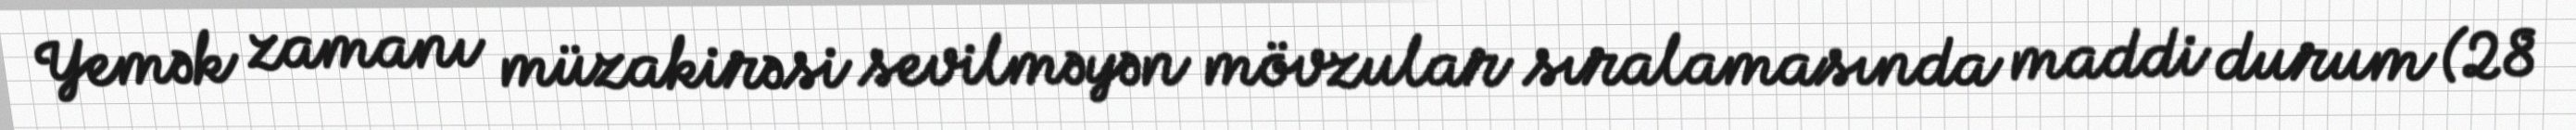
Yemək zamanı müzakirəsi sevilməyən mövzular sıralamasında maddi durum (28